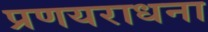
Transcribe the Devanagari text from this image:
प्रणयराधना